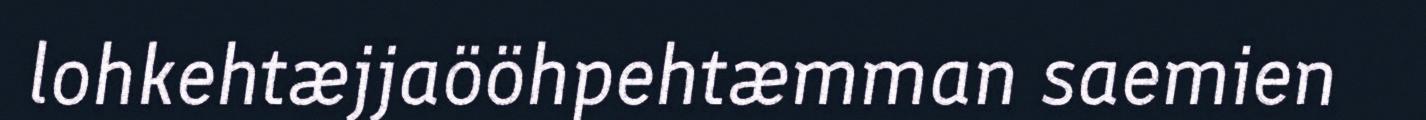
lohkehtæjjaööhpehtæmman saemien